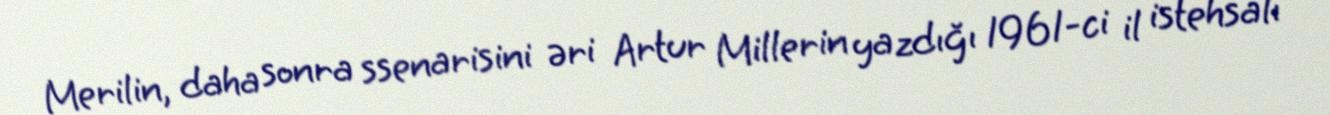
Merilin, daha sonra ssenarisini əri Artur Millerin yazdığı 1961-ci il istehsalı